Annual report on the Civil Veterinary Department, Burma (including the Insein Veterinary School) - 1932-1941
Year: 1932
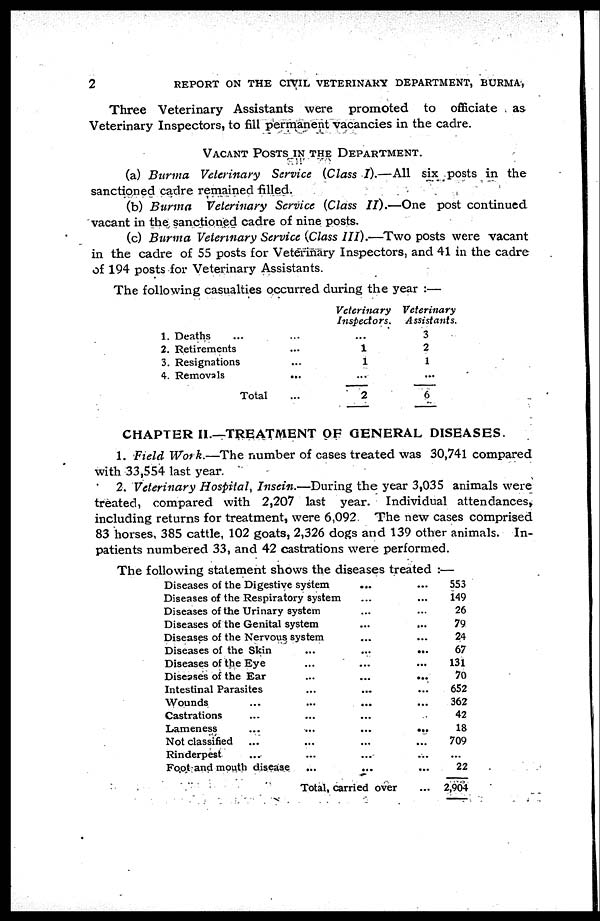
2
REPORT ON THE CIVIL VETERINARY DEPARTMENT, BURMA,
Three Veterinary Assistants were promoted to officiate as
Veterinary Inspectors, to fill permanent vacancies in the cadre.
VACANT POSTS IN THE DEPARTMENT.
(a) Burma Veterinary Service (Class I).—All six posts in the
sanctioned cadre remained filled.
(b) Burma
Veterinary Service (Class II).—One post continued
vacant in the sanctioned cadre of nine posts.
(c) Burma Veterinary Service (Class III).—Two posts were vacant
in the cadre of 55 posts for Veterinary Inspectors, and 41 in the cadre
of 194 posts for Veterinary Assistants.
The following casualties occurred during the year :—
1.
2.
3.
4.
Deaths ...
Retirements
Resignations
Removals
Total
...
...
...
...
...
Veterinary
Inspectors.
...
1
1
...
2
Veterinary
Assistants.
3
2
1
...
6
CHAPTER II.—TREATMENT OF GENERAL DISEASES.
1. Field Work.—The number of cases treated was 30,741 compared
with 33,554 last year.
2. Veterinary Hospital, Insein.—During the year 3,035 animals were
treated, compared with 2,207 last year. Individual attendances,
including returns for treatment, were 6,092 The new cases comprised
83 horses, 385 cattle, 102 goats, 2,326 dogs and 139 other animals. In-
patients numbered 33, and 42 castrations were performed.
The following statement shows the diseases treated :—
Diseases of the Digestive system
Diseases of the Respiratory system
Diseases of the Urinary system
Diseases of the Genital system
Diseases of the Nervous system
Diseases of the Skin
Diseases of the Eye
Diseases of the Ear
Intestinal Parasites
Wounds ...
Castrations ...
Lameness ...
Not classified ...
Rinderpest ...
Foot and mouth disease
...
...
...
...
...
...
...
...
...
...
...
...
...
...
...
...
...
...
...
...
...
...
...
...
...
Total, carried over
...
...
...
...
...
...
...
...
...
...
...
...
...
...
...
...
553
149
26
79
24
67
131
70
652
362
42
18
709
...
22
2,904